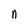
Character: n